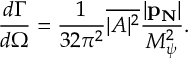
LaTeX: { \frac { d \Gamma } { d \Omega } } = { \frac { 1 } { 3 2 \pi ^ { 2 } } } \overline { { { | A | ^ { 2 } } } } { \frac { | { \bf p _ { N } } | } { M _ { \psi } ^ { 2 } } } .